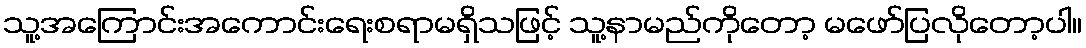
သူ့အကြောင်းအကောင်းရေးစရာမရှိသဖြင့် သူ့နာမည်ကိုတော့ မဖော်ပြလိုတော့ပါ။